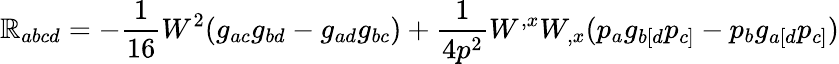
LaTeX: \mathbb{R}_{abcd}=-\frac{{1}}{{16}}W^{2}(g_{ac}g_{bd}-g_{ad}g_{bc})+\frac{{1}}{{4p^{2}}}W^{,x}W_{,x}(p_{a}g_{b[d}p_{c]}-p_{b}g_{a[d}p_{c]})